Vaccination in the Punjab 1919-1929 - 1919-1929
Year: 1919
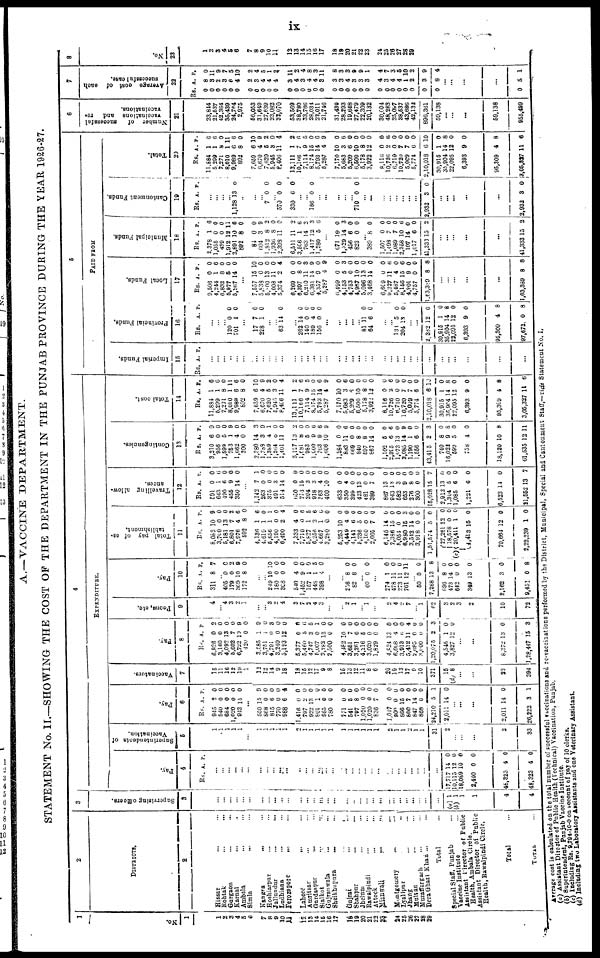
i x
A. —VACCI NE DEPARTMENT.
STATEMENT N o . I I .
—SHOWI NG T H E COST O F T H E DEPARTMENT I N T H E PUNJAB PROVI NCE DURI NG T H E YEAR 1926-27.
1
No.
1
1
2 3
4 5 6
7 8
9
10
11 12 13
14 15 16 17
18 19
20 21
22
23
24 25
26 27
28 29
2
DI STRI CTS.
2
Hi ssar ... ...
Roht ak ... ...
Gur gaon ... ...
Kar nal ... ...
Amba l
a ... ...
Si ml a ... ...
Kangr a ... ...
Hos hi ar pur ... ...
Jul l undur ... ...
Ludhi ana ... ...
Fer ozepor e ... ...
Lahore ... ...
Amritsar ... ...
Gurdaspur ... ...
Sialkot ... ...
Gujranwala ... ...
Shei khupur a ... ... Gujrat ... ...
Shahpur ... ...
Jhelum ... ...
Rawalpindi ... ...
Attock ... ...
Mianwali ... ...
Montgomery ... ...
Lyallpur ... ...
Jhang ... ...
Multan ... ...
Muzaffargarh ... ...
Dera Ghazi Khan ... ...
Tot al ...
Special Staff. Punjab ...
Vaccine Institute ...
Assistant Dirctor of Punjab
Health, Ambala Circle.
Assi st ant Di r ect or o f Publ i c
Heal t h, Rawal pi ndi Ci r cl e.
Tot al ...
TOTAL ...
3
Supervi si ng offi cers.
3
. . .
... ...
... ... . . .
... ... ... ... . . .
. . .
. . .
... ...
... ... ... ... ...
...
... ...
...
... ... ...
...
... ...
( a ) 1
( b ) 1
1 1
4
4
4
EXPENDI TURE.
Pay.
4
Rs. A. P .
...
... ... . . .
... ... ...
... ... ...
...
... ...
... ... ...
... ... ... ... ... ... ...
... ... ... ...
...
... ...
17, 717
10, 115
18, 089
2, 400
48, 323
48, 323
14 12 10 0
4
4
0
0 0
0
0
0
Superi nt endent s of
Vaccination.
5
1 1 1 1 1 . . .
1 1 1 1 1 2 1 1 1 1 1 1 1 1 1 1 1
2 1 1 2 1 1 31
2 ... ...
. . .
2
33
Pay.
6
R s .
945
540
684
1, 020 943
A.
2
0
0 0
15
P .
0 0
0
0 0
... 550
868 815
770
988
1, 416 797 922 801 985
780 771
541 797
1, 020
1, 020 836
1, 047 900 866
866 847 868
24, 210
2, 011
15 0
6 0
6
0
2
13 1
0 0
0 5
8 0
0
7
0
0
15 7
14 0 5
14
9
0
0 0 4
0 0 0 0 0
0
0
0 0 0
0
0
0
0 0 0 0
0 1
0
. . .
... ...
2, 011
26, 222
14
3
0
1
Vacci nat ors.
7
15 11 16 12
19 1
12
12 14 9
18 18
15 12
17 9 8
16 13 12
11 8 6
20
19 13
17 9
10
371 15
( d ) 8
... ...
23
394
Pay.
8
R s .
6, 826
3, 160
4, 092
5, 602
6, 722 420
3, 585
3, 751
4, 791
3, 240
5, 193
5, 377
5, 460
4, 747
5, 007
3, 283
2, 500
4, 482
3, 651
3, 261
4, 216
3, 020
1, 829
4, 824
6, 008
3, 913
5, 412
2, 695
3, 000
1, 20, 075
4, 545
3, 827
A.
0 0
13 7
10 0 1 1
0 0
12 0 5
3
0
13 0
10 7
6 5
0 0
13
4
6 11
0 0 2
1
12
P.
2 0 0 0
9 0
9 0
3 0
0
0 6
5 1
0
0 0 0
0
0 0 0
0 0
0
4 0 0 3
0 0
... ...
8, 372
1, 28, 447
13
15
0
3
Peons, et c.
9
...
4
... 4 3 2 1
... ... 3
2 4
3
7 2
4 3
... ... 2
1
... 1
. . .
2
4
2 7
... 1
62
3 2
3
2
10
72
Pay.
10
R s .
311
A.
8
P .
7
... 405 179 369 172
0 0
10 8
0 2 9
0
... ... 249 180
308
540
1, 452 157
448 398
10 0 0
4
9 1 1
4
10 0 0
0
0 0 5
0
...
256 82 8
8 0
0
... 60 0 0
...
274 478 273 701
1 11
11
12
0
0
0 11
... 50
7, 288
696
473
642 349
2, 162
9, 451
0
13
8
14 0 13
3
0
0 8
0
0
0 0
0
8
Tot al pay of es¬
tablishment.
11
R s .
8, 082
3, 700
5, 181
6, 801
7, 976 592
4, 136
4, 619
5, 856
4, 190
6, 400
7, 333
7, 710
5, 827
6, 256
4, 667
3, 280
5, 253
4, 449
4, 141
5, 236
4, 100
2, 665
6, 145
7, 386
5, 054
6, 980
3, 512
3, 918
1, 51, 574
(c) 27, 261
18, 578
20, 411
4, 413
70, 664
2, 22, 239
A.
10 0
13 7
4 8
1
1 1 0
2
4 0
1
2
1 0
10 4
6
5
0
7
14 15 0 15
14 0
5
12 0 1
15
12
1
P .
9 0
0
2
6 0
6
0 1
0 4
0 6
5 6 6
0
0 0
0
0
0 0
0
0 0
3
0 0
0
0
0 0
0
0
0
Travel l i ng al l ow¬
ances.
12
R s .
591 643 490
455
350
A.
0 1
6 9
14
P .
0 6 0 0
0
... 1, 142 263 375 491 514
650 774
304
918
363
400
633
350
399 423
481
389
867
943 582 653
276 300
15, 028
2, 912
1, 304
1, 085
1, 221
6, 523
21, 552
7
0 0
3
14 0
15 3
3
4
10 0
4
0
13
0 7
13 13
3
9 8 0 15
13
5
6 6
14
13
1 0
0
0 0
0
0 0
0 0
0
0 0
0
0 0
0
0 0
0
0 0 0 7
0 0 0
0
0
7
Cont i ngenci es.
13
R s .
3, 210 956
1, 599 753
1, 662 300
2, 380
1, 788
1, 389
1, 264
1, 401
5, 127
1, 681 983
1, 000 763
1, 606
1, 284 883 669 840
597 867
1, 102
2, 395
1, 073
3, 085
1, 190
1, 556
43, 415
740
16, 022 599 758
18, 120
61, 535
A.
6 0 5 1
4 0
14 3 4
0
11
13 8
5 9
9
10 0
11 0 8
8
14
5 6
13
14 1
6 2
8
9
5 4
10
12
P .
9 0 0
9 0 0 3
9 1
0 0
2
0 0 6
6 9
0
6
0
0
0
0
0 6
0 9
0 0 3
0 8
0
0
8
11
Tot al cost.
14
R s .
11, 884
5, 209
7, 271
8, 010
9, 989 892
7, 659
6, 670
7, 620
5, 945
8, 466
13, 111
10, 166
7, 114
8, 174
5, 793
5, 287
7, 170
5, 683
5, 209
6, 500
5, 178
3, 922
8, 116
10, 726
6, 710
10, 720
5, 009
5, 774
2, 10, 018
30, 915
35, 904
22, 095
6, 393
95, 309
3, 05, 327
A.
1 1
8 1
6 8
6
4 5
3
11 1
7 9
15 14 4
10 3
6
10 8
12
0 2
0
7 7
6 6
1
14
12 9
4
11
P .
6 0
0
11 6 0
10 9
2 0
4 2
6 5
0
6 9 0
6
0 0 0
0
0 6
0 0
0 0
10
0
8
0 0
8
6
5
PAI D F ROM
Imperial Funds.
15
R s . A. P .
... ... ... ...
... ... ...
... ... ... ... ... ... ... ...
... ... ...
... ...
...
... . . .
... ... ...
... ... ... ...
... ... ... ...
...
...
Provi nci al Funds.
16
R s . A. P.
...
... ... 120
701 0 1 0 0
. . .
17
228 7
1 0
0
. . .
... 63 14 0
... 262 140 189 156
14 0 4
0
0 0
0
0
...
... ... ...
... 81
64 11 6 0
0
... ... 133
204 5
13 0 0
... ... 2, 362
30, 915
35, 904
22, 095
6, 393
95, 309
97, 672
12
1
14
12 9
4
0
0
0
8 0
0
8
8
Local Funds.
17
R s .
9, 506
4, 244
6, 832
5, 977
5, 267
A.
0 1
8
5
14
P .
0
6
0 0 0
...
7, 557
5, 538
5, 800
4, 008
5, 374
6, 269
6, 397
6, 210
6, 381
4, 357
5, 287
6, 499
4, 153
4, 753
4, 967
5, 096
3, 468
6, 609
9, 227
5, 487
8, 156
4, 901
4, 757
1, 63, 389
15 0
13 11 2 0 8
11
14 9 4
0 5 0
10
13 14
0
11 4
15 9
0 8
10 0 0
0 4 0 0
3
9 0 9
0 3
0 0 0 0
0
6 0
6
0 0 8
... ... ... ...
. . .
1, 63, 389 8 8
Muni ci pal Funds.
18
R s .
2, 378
1, 055 439
1, 912
2, 891 892 84
604
1, 812
1, 936
2, 398
6, 511
3, 506 763
1, 417
1, 280
A.
1
0
0
12 10 8 0 3 8
8
11
11 1
14 12 5
P .
6
0
0
11 6
0 0 9 2
0 0
2
6 2 3
6
... 671
1, 529 456 823
10 14 6 0
0 3
0 0
... 389
1, 507
1, 498
1, 089
2, 358 107
1, 017
41, 333
8
0
7 7
10
14 6
15
0
0
0 0
6
0 0 2
... ... . . .
...
...
41, 333 15 2
Cant onment Funds.
19
R s . A. P .
...
... ...
... 1, 128 13 0
...
. . .
... 7 0 0
... 570
330 0
6 0
0
... ... 186 0 0
... . . .
... ... ... 710 0 0
... ...
... ... ... ... ...
...
2, 932 3 0
. . .
...
... . . .
. . .
2, 932 3 0
Tot al .
20
R s .
11, 884
5, 299
7, 271
8, 010
9, 989 892
7, 659
6, 670
7, 620
5, 945
8, 406
13, 111
10, 166
7, 114
8, 174
5, 793
5, 287
7, 170
5, 683
5, 209
6, 500
5, 178
3, 922
8, 116
10, 726
6, 719
10, 720
5, 009
5, 774
2, 10, 018
30, 915
35, 904
22, 095
6, 393
95, 309
3, 06, 327
A.
1
1
8
1 6 8
6 4 5
3
11 1
7 9
15
14 4
10 3
6
10 8
12
0
2 0
7 7 6 6
1
14 12 9
4
11
P .
6 6
0
11 6 0
10 9 2
0 4
2 6
5
0 6
9
0 6 0
0 0
0
0 6 0
0
0 0
10
0 8
0
0
8
6
6
Number of successful
vacci nat i ons and re¬
vacci nat i ons.
21
23, 844
21, 537
42, 364
35, 439
24, 764
2, 975
56, 053
31, 649
27, 639
23, 082
32, 070
53, 569
38, 780
33, 766
28, 034
22, 011
21, 746
31, 439
28, 293
19, 648
27, 479
22, 309
20, 132
30, 004
48, 283
25, 097
38, 537
43, 686
42, 132
896, 361
59, 138
...
... ...
59, 138
955, 499
7
Average cost of each
successful case.
22
R s .
0
0 0 0 0
0 0
0
0 0 0
0 0 0
0 0
0 0 0
0
0 0 0
0
0 0
0 0 0 0
0
A.
8
3 2 3 6 4 2
3 4 4 4
3 4 3
4 4
3
3 3
4
3 3 3
4
3
4 4 1 2 3
8
P .
0
11 9 7
5
10 2
4
5
1 2
11 2 4
8 3
11 8
3 3
9 9 1
4
7 3 5
10 2
9
4
... ...
...
...
0 5 1
8
No.
23
1
2 3
4 5
6 7
8 9 10 11 12
13 14 15 16
17
18 19
20 21
22
23
24
25 26 27
28 29
Average cost is cal cul at ed on t he t ot al number of successf ul vacci nat i ons and r e- vacci nat i ons per f or med by t he Di st ri ct , Muni ci pal , Speci al and Cant onment St af f ,
—vi de St at ement N o . I.
(a) Assistant Director of Public Health (Technical) Vaccination, Punjab.
(b) Superintendent, Punjab Vaccine Institute.
(c) I ncl udi ng R s . 9, 794- 10- 0 on account of pay of 10 cl er ks.
( d) I ncl udi ng t
wo Labor at or y Assi st ant s and one Vet er i
nar y Assi st ant .